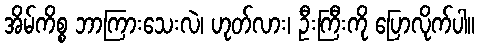
အိမ်ကိစ္စ ဘာကြားသေးလဲ၊ ဟုတ်လား၊ ဦးကြီးကို ပြောလိုက်ပါ။